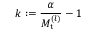
k : = \frac { \alpha } { M _ { \mathrm { t } } ^ { ( l ) } } - 1